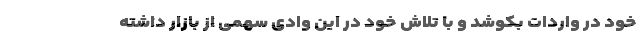
خود در واردات بکوشد و با تلاش خود در این وادی سهمی از بازار داشته